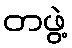
တဖွဲ့